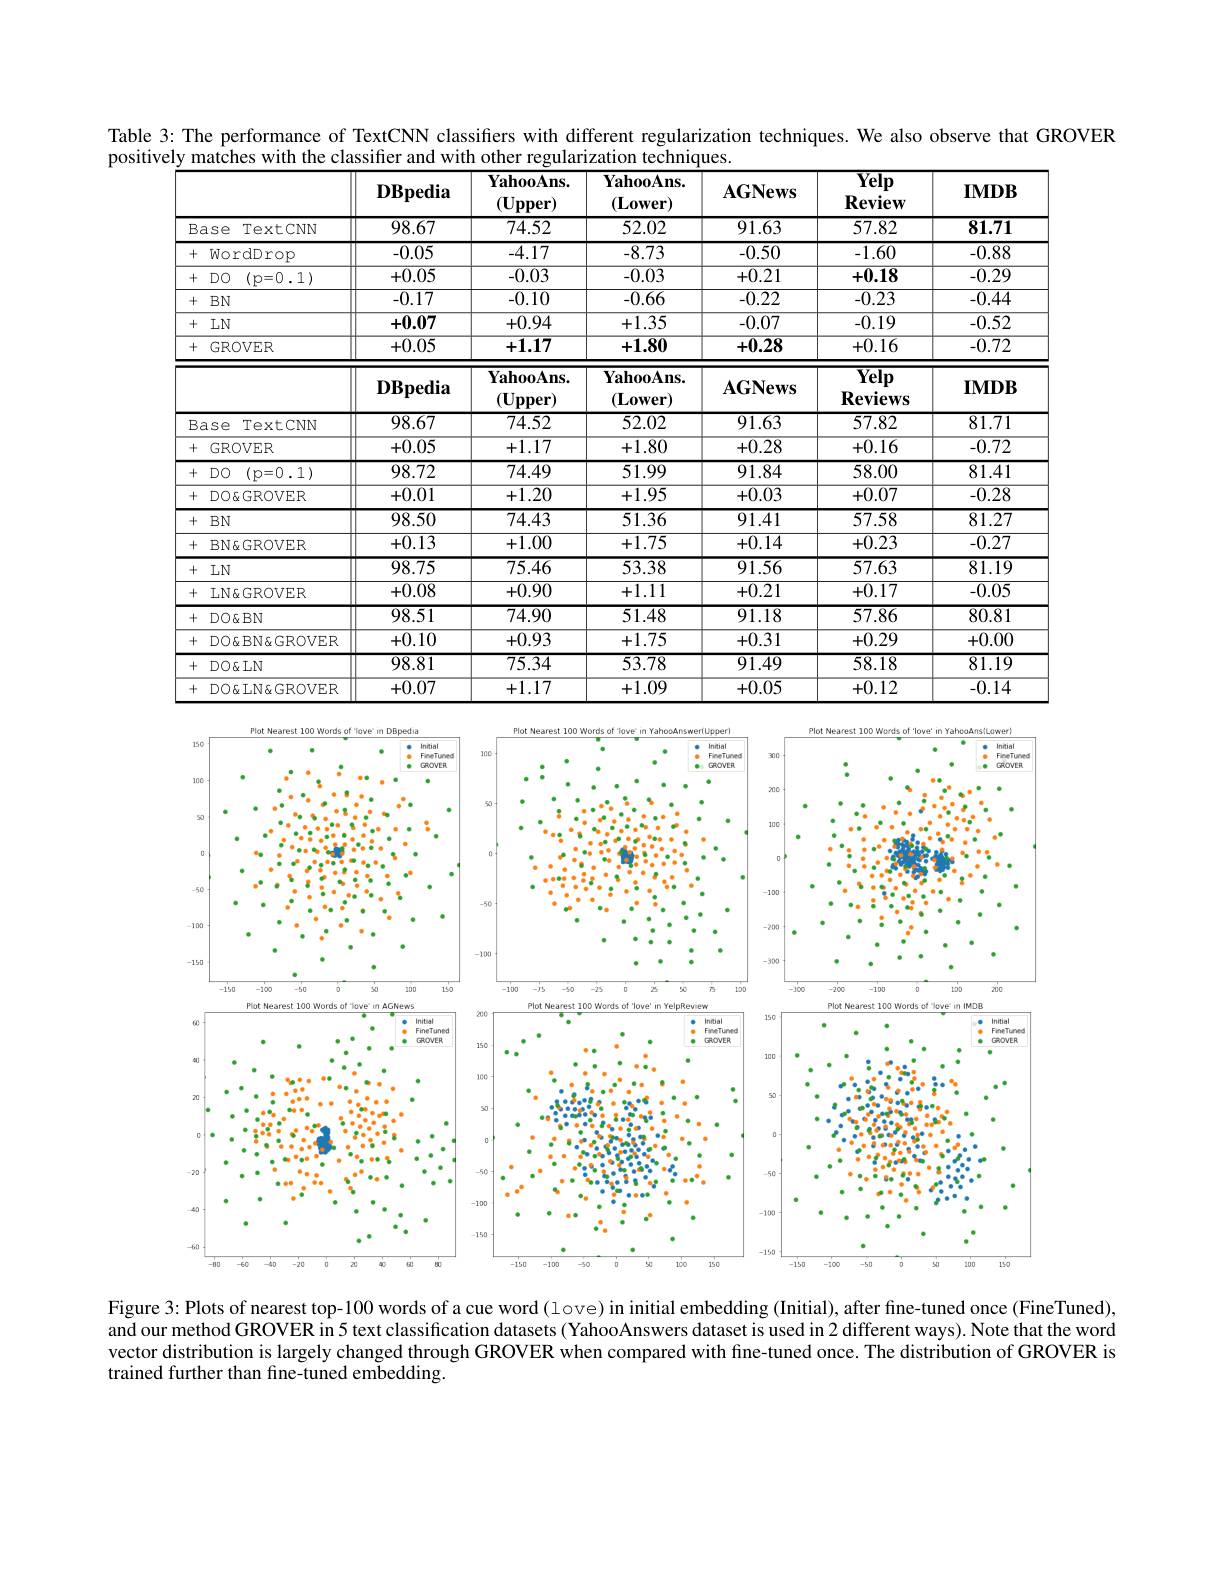
Table 3: The performance of TextCNN classifiers with different regularization techniques. We also observe that GROVER
positively matches with the classifier and with other regularization techniques.
<table>
	<tbody>
		<tr>
			<th> </th>
			<th> </th>
			<th>$\mathbf{DBpedia}$</th>
			<th>$\mathbf{YahooAns}.$ $(\mathbf{U}_{\mathbf{p}\mathbf{p}\mathbf{er}})$</th>
			<th>$\mathbf{YahooAns}.$ $(\mathbf{L}_{0}\mathbf{wer})$</th>
			<th>$\mathbf{AGNews}$</th>
			<th>$\overline{\mathbf{Yelp}}$ $\mathbf{Review}$</th>
			<th>$\mathbf{IMDB}$</th>
		</tr>
		<tr>
			<td>B</td>
			<td>ase TextCNN</td>
			<td>98.67</td>
			<td>74.52</td>
			<td>52.02</td>
			<td>91.63</td>
			<td>57.82</td>
			<td>81.71</td>
		</tr>
		<tr>
			<td>+</td>
			<td>WordDrop</td>
			<td>-0.05</td>
			<td>-4.17</td>
			<td>-8.73</td>
			<td>-0.50</td>
			<td>-1.60</td>
			<td>-0.88</td>
		</tr>
		<tr>
			<td>+</td>
			<td>DO (p=0.1)</td>
			<td>+0.05</td>
			<td>-0.03</td>
			<td>-0.03</td>
			<td>+0.21</td>
			<td>+0.18</td>
			<td>-0.29</td>
		</tr>
		<tr>
			<td>+</td>
			<td>$BN$</td>
			<td>-0.17</td>
			<td>-0.10</td>
			<td>-0.66</td>
			<td>-0.22</td>
			<td>-0.23</td>
			<td>-0.44</td>
		</tr>
		<tr>
			<td>+</td>
			<td>$LN$</td>
			<td>+0.07</td>
			<td>+0.94</td>
			<td>+1.35</td>
			<td>-0.07</td>
			<td>-0.19</td>
			<td>-0.52</td>
		</tr>
		<tr>
			<td>+</td>
			<td>GROVER</td>
			<td>+0.05</td>
			<td>+1.17</td>
			<td>+1.80</td>
			<td>+0.28</td>
			<td>+0.16</td>
			<td>-0.72</td>
		</tr>
		<tr>
			<td> </td>
			<td> </td>
			<td>$\mathbf{DBpedia}$</td>
			<td>$\mathbf{YahooAns}.$ $(\mathbf{U}_{\mathbf{p}\mathbf{p}\mathbf{er}})$</td>
			<td>$\mathbf{YahooAns.}$ $(\mathbf{L}_{0}\mathbf{wer})$</td>
			<td>$\mathbf{AGNews}$</td>
			<td>$\overline{\mathbf{Yelp}}$ $\mathbf{Reviews}$</td>
			<td>$\mathbf{IMDB}$</td>
		</tr>
		<tr>
			<td>B</td>
			<td>TextCNN ase</td>
			<td>98.67</td>
			<td>74.52</td>
			<td>52.02</td>
			<td>91.63</td>
			<td>57.82</td>
			<td>81.71</td>
		</tr>
		<tr>
			<td>+</td>
			<td>GROVER</td>
			<td>+0.05</td>
			<td>+1.17</td>
			<td>+1.80</td>
			<td>+0.28</td>
			<td>+0.16</td>
			<td>-0.72</td>
		</tr>
		<tr>
			<td>+</td>
			<td>$DO$ (p=0.1)</td>
			<td>98.72</td>
			<td>$\overline{74.49}$</td>
			<td>51.99</td>
			<td>91.84</td>
			<td>58.00</td>
			<td>81.41</td>
		</tr>
		<tr>
			<td>+</td>
			<td>$DO\&GROVER$</td>
			<td>+0.01</td>
			<td>+1.20</td>
			<td>+1.95</td>
			<td>+0.03</td>
			<td>+0.07</td>
			<td>-0.28</td>
		</tr>
		<tr>
			<td>+</td>
			<td>$BN$</td>
			<td>98.50</td>
			<td>$\overline{74.43}$</td>
			<td>$\overline{51.36}$</td>
			<td>91.41</td>
			<td>57.58</td>
			<td>81.27</td>
		</tr>
		<tr>
			<td>+</td>
			<td>BN&GROVER</td>
			<td>+0.13</td>
			<td>+1.00</td>
			<td>+1.75</td>
			<td>+0.14</td>
			<td>+0.23</td>
			<td>-0.27</td>
		</tr>
		<tr>
			<td>+</td>
			<td>$LN$</td>
			<td>98.75</td>
			<td>$\overline{75.46}$</td>
			<td>53.38</td>
			<td>91.56</td>
			<td>57.63</td>
			<td>81.19</td>
		</tr>
		<tr>
			<td>+</td>
			<td>$LN\&GROVER$</td>
			<td>+0.08</td>
			<td>+0.90</td>
			<td>+1.11</td>
			<td>+0.21</td>
			<td>+0.17</td>
			<td>-0.05</td>
		</tr>
		<tr>
			<td>+</td>
			<td>$DO\&BN$</td>
			<td>98.51</td>
			<td>$\overline{74.90}$</td>
			<td>51.48</td>
			<td>91.18</td>
			<td>57.86</td>
			<td>80.81</td>
		</tr>
		<tr>
			<td>+</td>
			<td>$DO\&BN\&GROVER$</td>
			<td>+0.10</td>
			<td>+0.93</td>
			<td>+1.75</td>
			<td>+0.31</td>
			<td>+0.29</td>
			<td>+0.00</td>
		</tr>
		<tr>
			<td>+</td>
			<td>$DO\Phi LN$</td>
			<td>98.81</td>
			<td>75.34</td>
			<td>53.78</td>
			<td>91.49</td>
			<td>58.18</td>
			<td>81.19</td>
		</tr>
		<tr>
			<td>+</td>
			<td>$DO\&LN\&GROVER$</td>
			<td>+0.07</td>
			<td>+1.17</td>
			<td>+1.09</td>
			<td>+0.05</td>
			<td>+0.12</td>
			<td>-0.14</td>
		</tr>
	</tbody>
</table>

<FigureHere>

Figure 3: Plots of nearest top-100 words of a cue word (love) in initial embedding (Initial), after fine-tuned once (FineTuned),

and our method GROVER in 5 text classification datasets (YahooAnswers dataset is used in 2 different ways). Note that the word vector distribution is largely changed through GROVER when compared with fine-tuned once. The distribution of GROVER is trained further than fine-tuned embedding